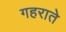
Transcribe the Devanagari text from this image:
गहराते